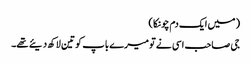
( میں ایک دم چونکا )
جی صاحب اسی نے تو میرے باپ کو تین لاکھ دیئے تھے۔